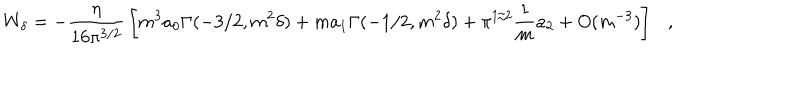
W _ { \delta } = - { \frac { \eta } { 1 6 \pi ^ { 3 / 2 } } } \left[ m ^ { 3 } a _ { 0 } \Gamma ( - 3 / 2 , m ^ { 2 } \delta ) + m a _ { 1 } \Gamma ( - 1 / 2 , m ^ { 2 } \delta ) + \pi ^ { 1 / 2 } { \frac { 1 } { m } } a _ { 2 } + O ( m ^ { - 3 } ) \right] ,